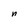
Character: n